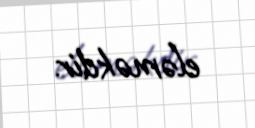
eləməkdir.